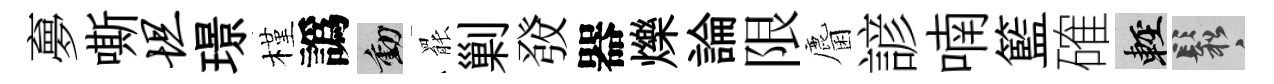
夣嘶坦璟槿譌動罷剿𤼲器爍論限麕諺喃籃確輕鬆